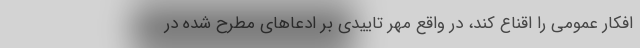
افکار عمومی را اقناع کند، در واقع مهر تاییدی بر ادعاهای مطرح شده در